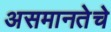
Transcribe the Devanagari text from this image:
असमानतेचे